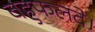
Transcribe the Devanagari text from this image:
बहुफलदे।